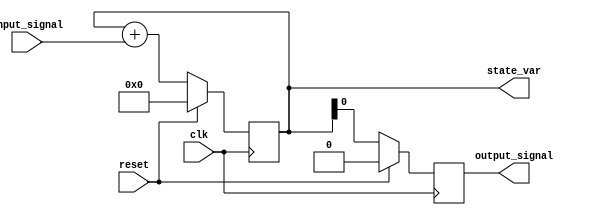
module ResetConditionBlock (
    input wire clk,            // Clock signal
    input wire reset,          // Active high reset signal
    input wire [3:0] input_signal, // Example input signal for state transition
    output reg [7:0] state_var, // State variable (register)
    output reg output_signal    // Output signal based on state
);

// Initialize state variable to a predefined value
localparam INITIAL_STATE = 8'b00000000;

// Always block for synchronous reset
always @(posedge clk) begin
    if (reset) begin
        // Reset condition: Initialize state variable
        state_var <= INITIAL_STATE;
        output_signal <= 1'b0; // Set output to a specific value during reset
    end else begin
        // Normal operation: Update state variable based on input signal
        // Example state transition logic
        state_var <= state_var + input_signal; // Example of a state update
        output_signal <= state_var[0]; // Example output logic based on state
    end
end

endmodule